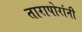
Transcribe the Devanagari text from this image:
तारापोरांनी